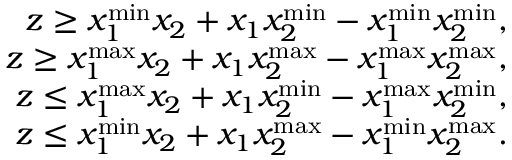
\begin{array} { r } { z \geq x _ { 1 } ^ { \operatorname* { m i n } } x _ { 2 } + x _ { 1 } x _ { 2 } ^ { \operatorname* { m i n } } - x _ { 1 } ^ { \operatorname* { m i n } } x _ { 2 } ^ { \operatorname* { m i n } } , } \\ { z \geq x _ { 1 } ^ { \operatorname* { m a x } } x _ { 2 } + x _ { 1 } x _ { 2 } ^ { \operatorname* { m a x } } - x _ { 1 } ^ { \operatorname* { m a x } } x _ { 2 } ^ { \operatorname* { m a x } } , } \\ { z \leq x _ { 1 } ^ { \operatorname* { m a x } } x _ { 2 } + x _ { 1 } x _ { 2 } ^ { \operatorname* { m i n } } - x _ { 1 } ^ { \operatorname* { m a x } } x _ { 2 } ^ { \operatorname* { m i n } } , } \\ { z \leq x _ { 1 } ^ { \operatorname* { m i n } } x _ { 2 } + x _ { 1 } x _ { 2 } ^ { \operatorname* { m a x } } - x _ { 1 } ^ { \operatorname* { m i n } } x _ { 2 } ^ { \operatorname* { m a x } } . } \end{array}